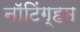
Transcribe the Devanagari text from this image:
नाॅटिंग्हम